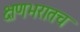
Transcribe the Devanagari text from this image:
क्षणभरातच